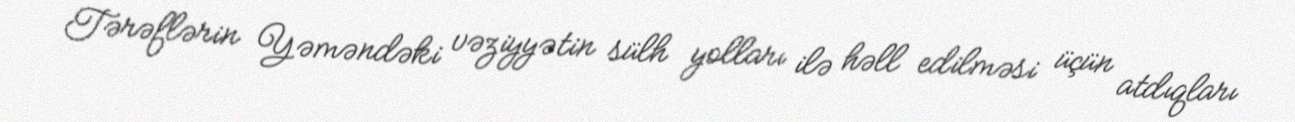
Tərəflərin Yəməndəki vəziyyətin sülh yolları ilə həll edilməsi üçün atdıqları